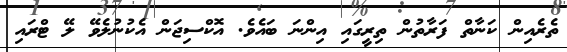
ތެރެއިން ކަނާތް ފަރާތުން ތިރީގައި އިންނަ ބައެވެ. އޮކްސިޖަން އެކުނުލެވޭ ލޭ ޓްރައި